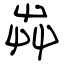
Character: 芔